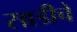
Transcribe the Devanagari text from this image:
साडीचे